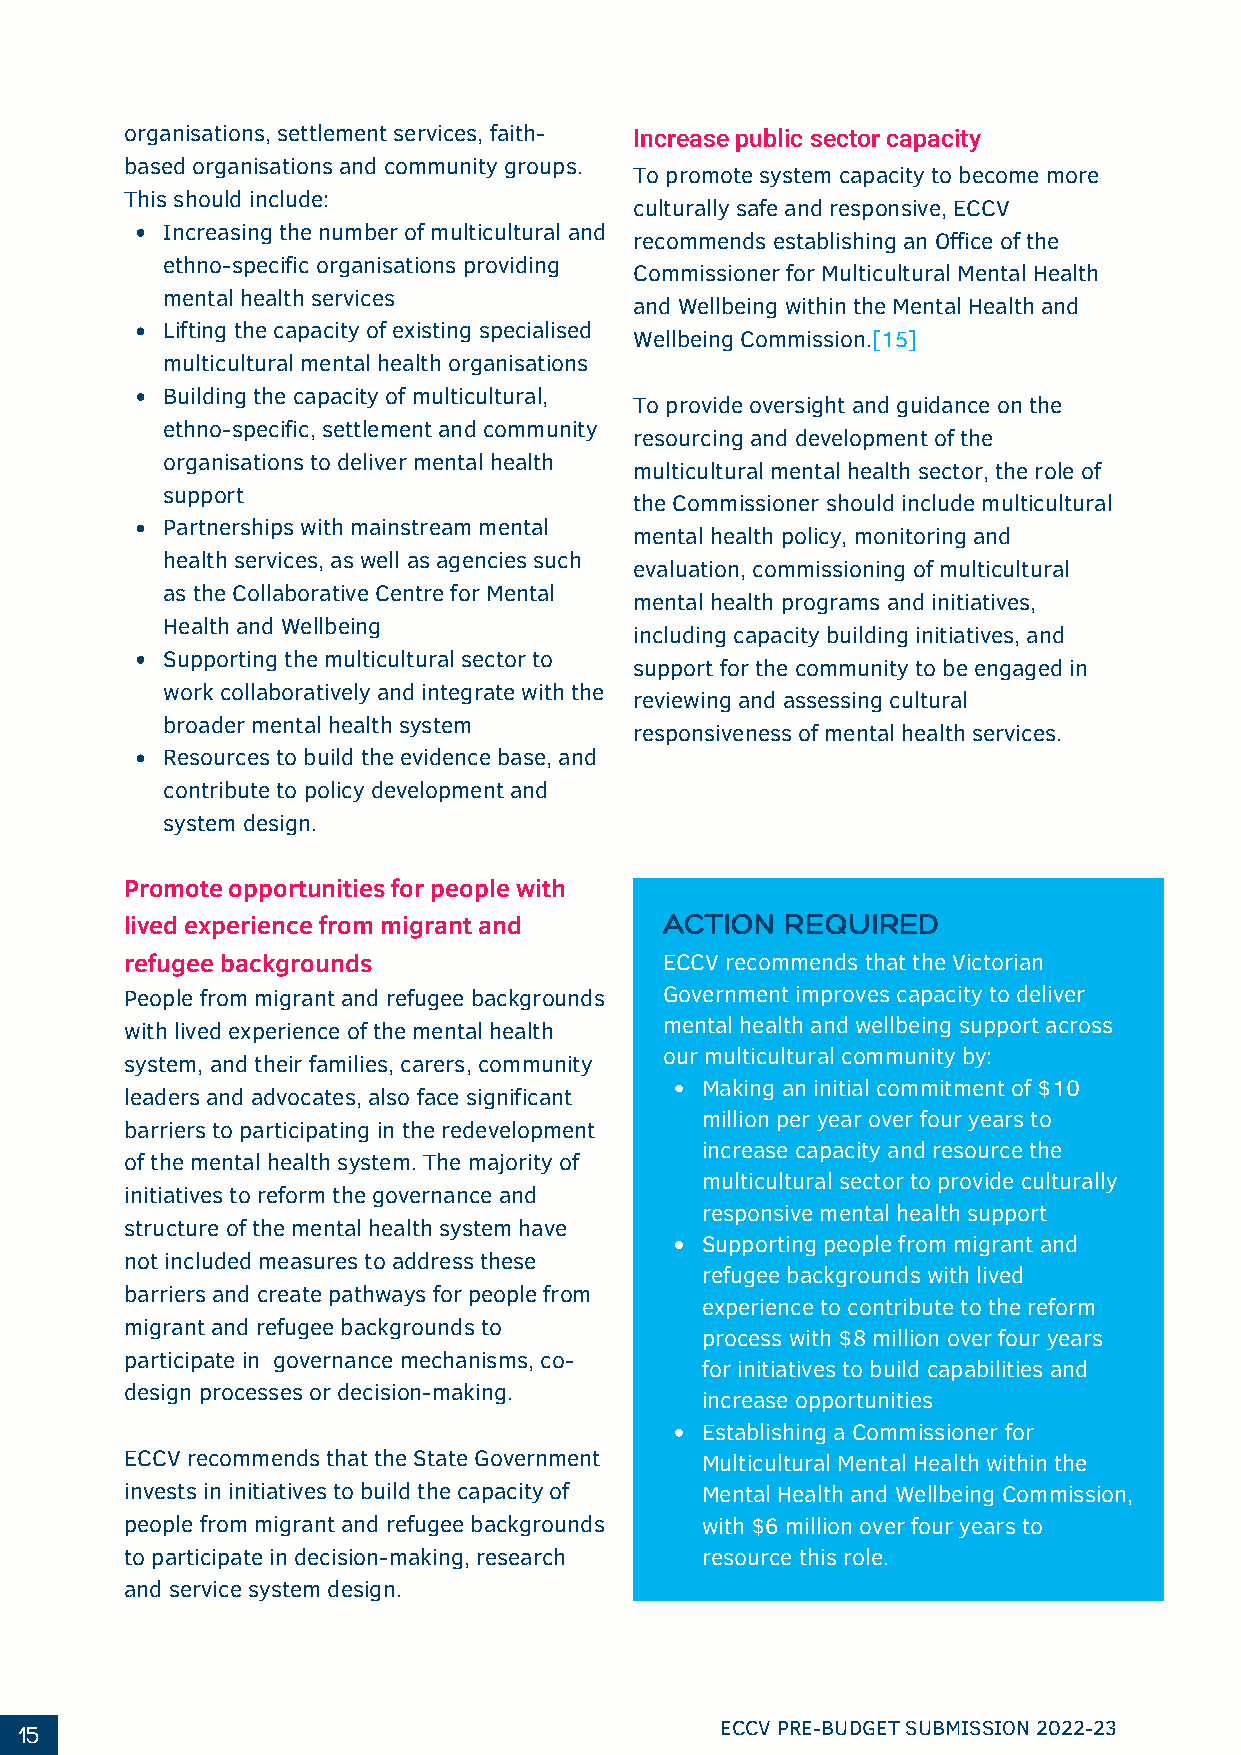
organisations, settlement services, faith-
 Increase public sector capacity
 based organisations and community groups.
 To promote system capacity to become more
 This should include:
 culturally safe and responsive, ECCV
 Increasing the number of multicultural and
 recommends establishing an Office of the
 ethno-specific organisations providing
 Commissioner for Multicultural Mental Health
 mental health services
 and Wellbeing within the Mental Health and
 Lifting the capacity of existing specialised
 Wellbeing Commission.[15]
 multicultural mental health organisations
 Building the capacity of multicultural,
 To provide oversight and guidance on the
 ethno-specific, settlement and community
 resourcing and development of the
 organisations to deliver mental health
 multicultural mental health sector, the role of
 support
 the Commissioner should include multicultural
 Partnerships with mainstream mental
 mental health policy, monitoring and
 health services, as well as agencies such
 evaluation, commissioning of multicultural
 as the Collaborative Centre for Mental
 mental health programs and initiatives,
 Health and Wellbeing
 including capacity building initiatives, and
 Supporting the multicultural sector to
 support for the community to be engaged in
 work collaboratively and integrate with the
 reviewing and assessing cultural
 broader mental health system
 responsiveness of mental health services.
 Resources to build the evidence base, and
 contribute to policy development and
 system design.
 Promote opportunities for people with
 lived experience from migrant and   ACTION  REQUIRED
 refugee backgrounds                 ECCV recommends that the Victorian
 People from migrant and refugee backgrounds Government improves capacity to deliver
 with lived experience of the mental health mental health and wellbeing support across
 our multicultural community by:
 system, and their families, carers, community
 Making an initial commitment of $10
 leaders and advocates, also face significant
 million per year over four years to
 barriers to participating in the redevelopment
 increase capacity and resource the
 of the mental health system. The majority of
 multicultural sector to provide culturally
 initiatives to reform the governance and
 responsive mental health support
 structure of the mental health system have
 Supporting people from migrant and
 not included measures to address these
 refugee backgrounds with lived
 barriers and create pathways for people from
 experience to contribute to the reform
 migrant and refugee backgrounds to
 process with $8 million over four years
 participate in governance mechanisms, co-
 for initiatives to build capabilities and
 design processes or decision-making.
 increase opportunities
 Establishing a Commissioner for
 ECCV recommends that the State Government Multicultural Mental Health within the
 invests in initiatives to build the capacity of Mental Health and Wellbeing Commission,
 people from migrant and refugee backgrounds with $6 million over four years to
 to participate in decision-making, research resource this role.
 and service system design.
 15                                             ECCV PRE-BUDGET SUBMISSION 2022-23